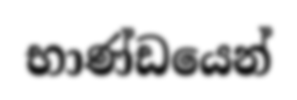
භාණ්ඩයෙන්